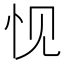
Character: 𮲁